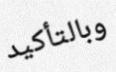
وبالتأكيد